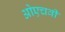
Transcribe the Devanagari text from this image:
ओएचवी